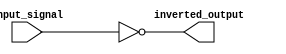
module active_low_buffer (
    input wire input_signal,
    output reg inverted_output
);

    assign inverted_output = ~input_signal;

endmodule